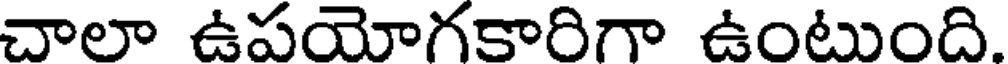
చాలా ఉపయోగకాదిగా ఉంటుంది.